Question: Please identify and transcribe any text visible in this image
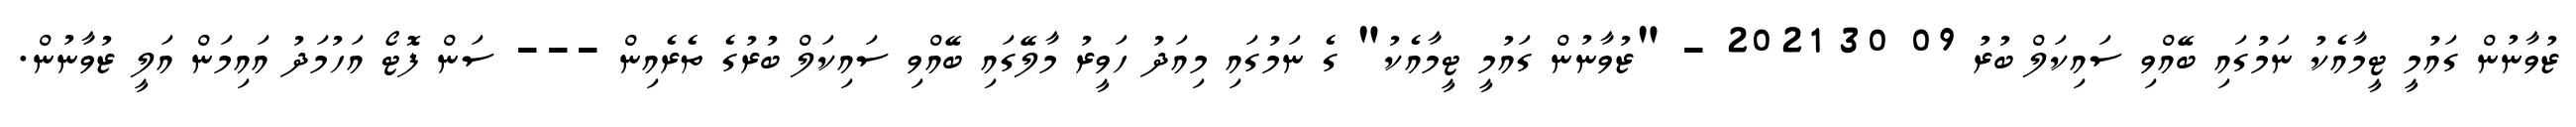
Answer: ޒުވާނުން ގައުމީ ޓީމާއެކު ނަމުގައި ބޭއްވި ސައިކަލް ބުރު 09 30 2021 - "ޒުވާނުން ގައުމީ ޓީމާއެކު" ގެ ނަމުގައި މިއަދު ހަވީރު މާލޭގައި ބޭއްވި ސައިކަލް ބުރުގެ ތެރެއިން --- ސަން ފޮޓޯ އަހުމަދު އައިމަން އަލީ ޒުވާނުން.